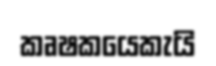
කෘෂකයෙකැයි